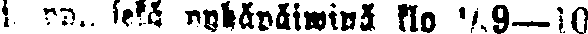
j. pp., sekä pyhäpäiwänä klo ½9—10